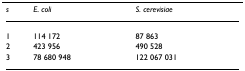
| s | E. coli | S. cerevisiae |
 | --- | --- | --- |
 | 1 | 114 172 | 87 863 |
 | 2 | 423 956 | 490 528 |
 | 3 | 78 680 948 | 122 067 031 |